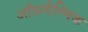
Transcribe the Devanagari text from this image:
ऑफ़थैल्मिक